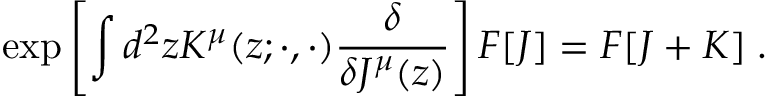
\exp \left[ \int d ^ { 2 } z { \cal K } ^ { \mu } ( z ; \cdot , \cdot ) \frac { \delta } { \delta J ^ { \mu } ( z ) } \right] F [ J ] = F [ J + { \cal K } ] \; .